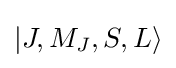
|J,M_{J},S,L\rangle